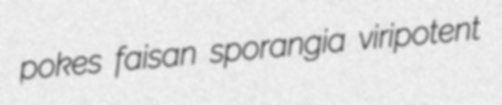
pokes faisan sporangia viripotent